DOW-UAP-D27, Mission Report, United Arab Emirates, October 2023
Agency: Department of War
Incident date: 6/7/24
Incident location: Gulf of Oman
Page 6
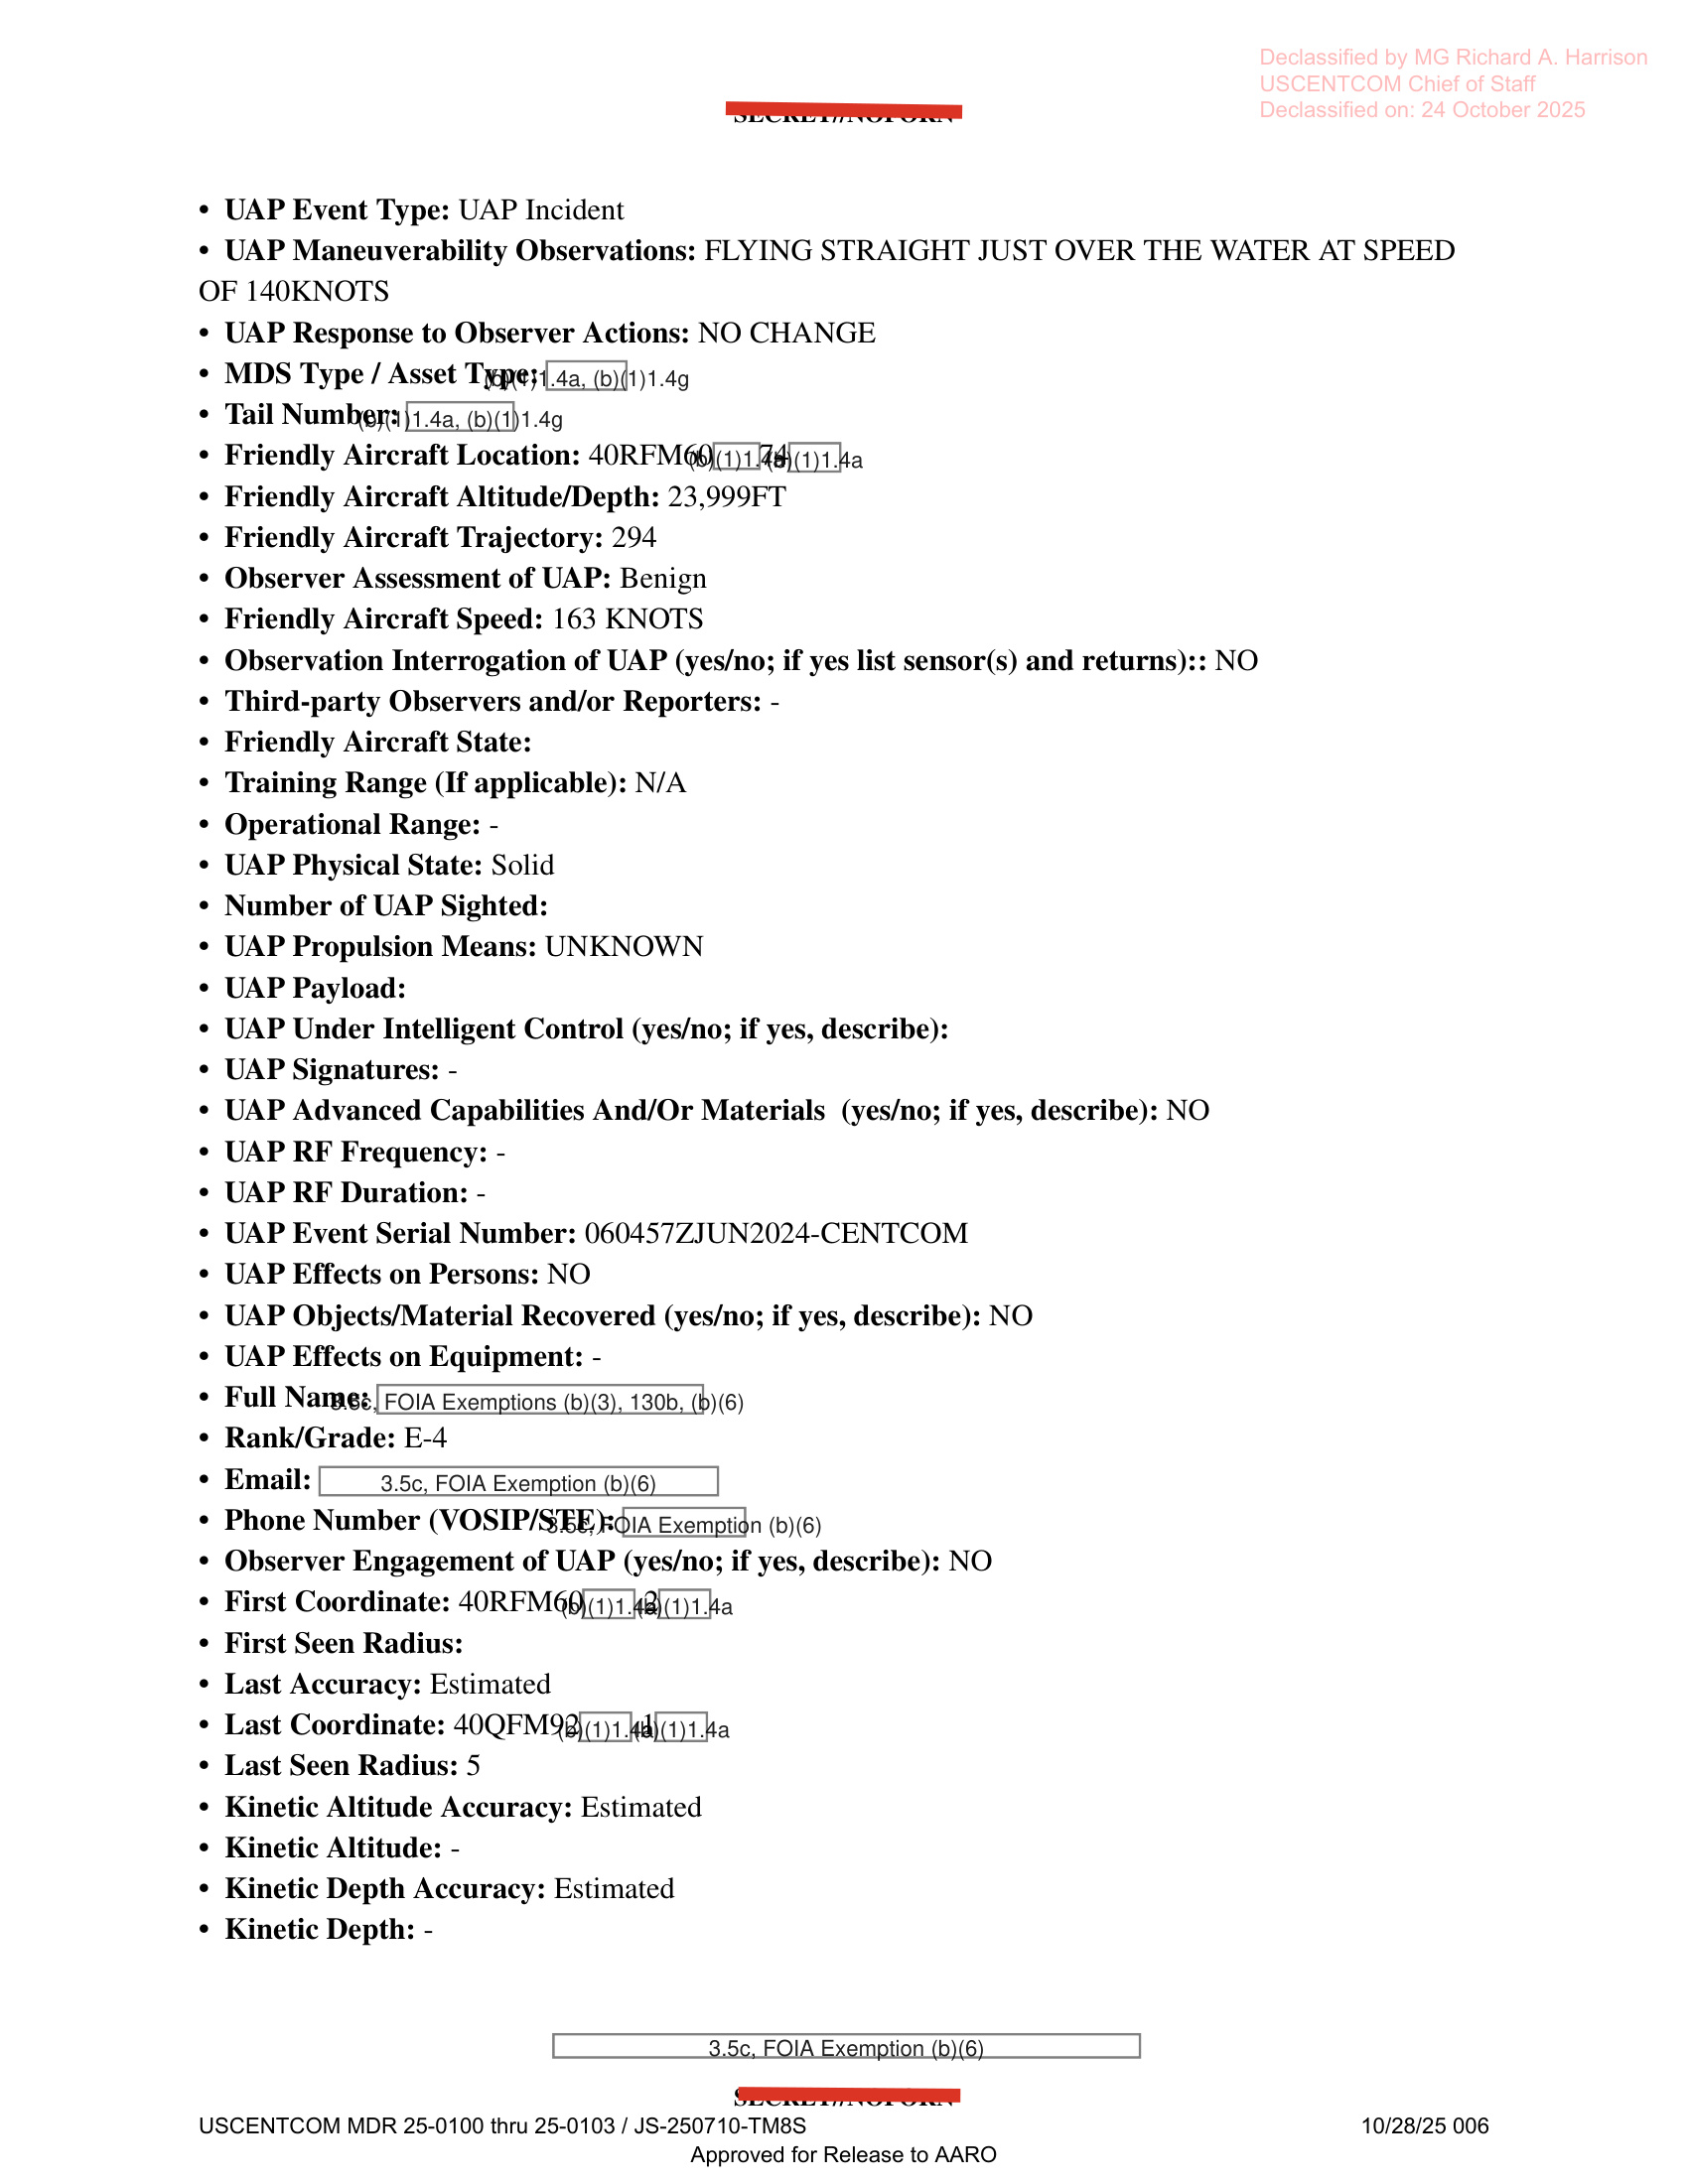